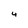
Character: 4